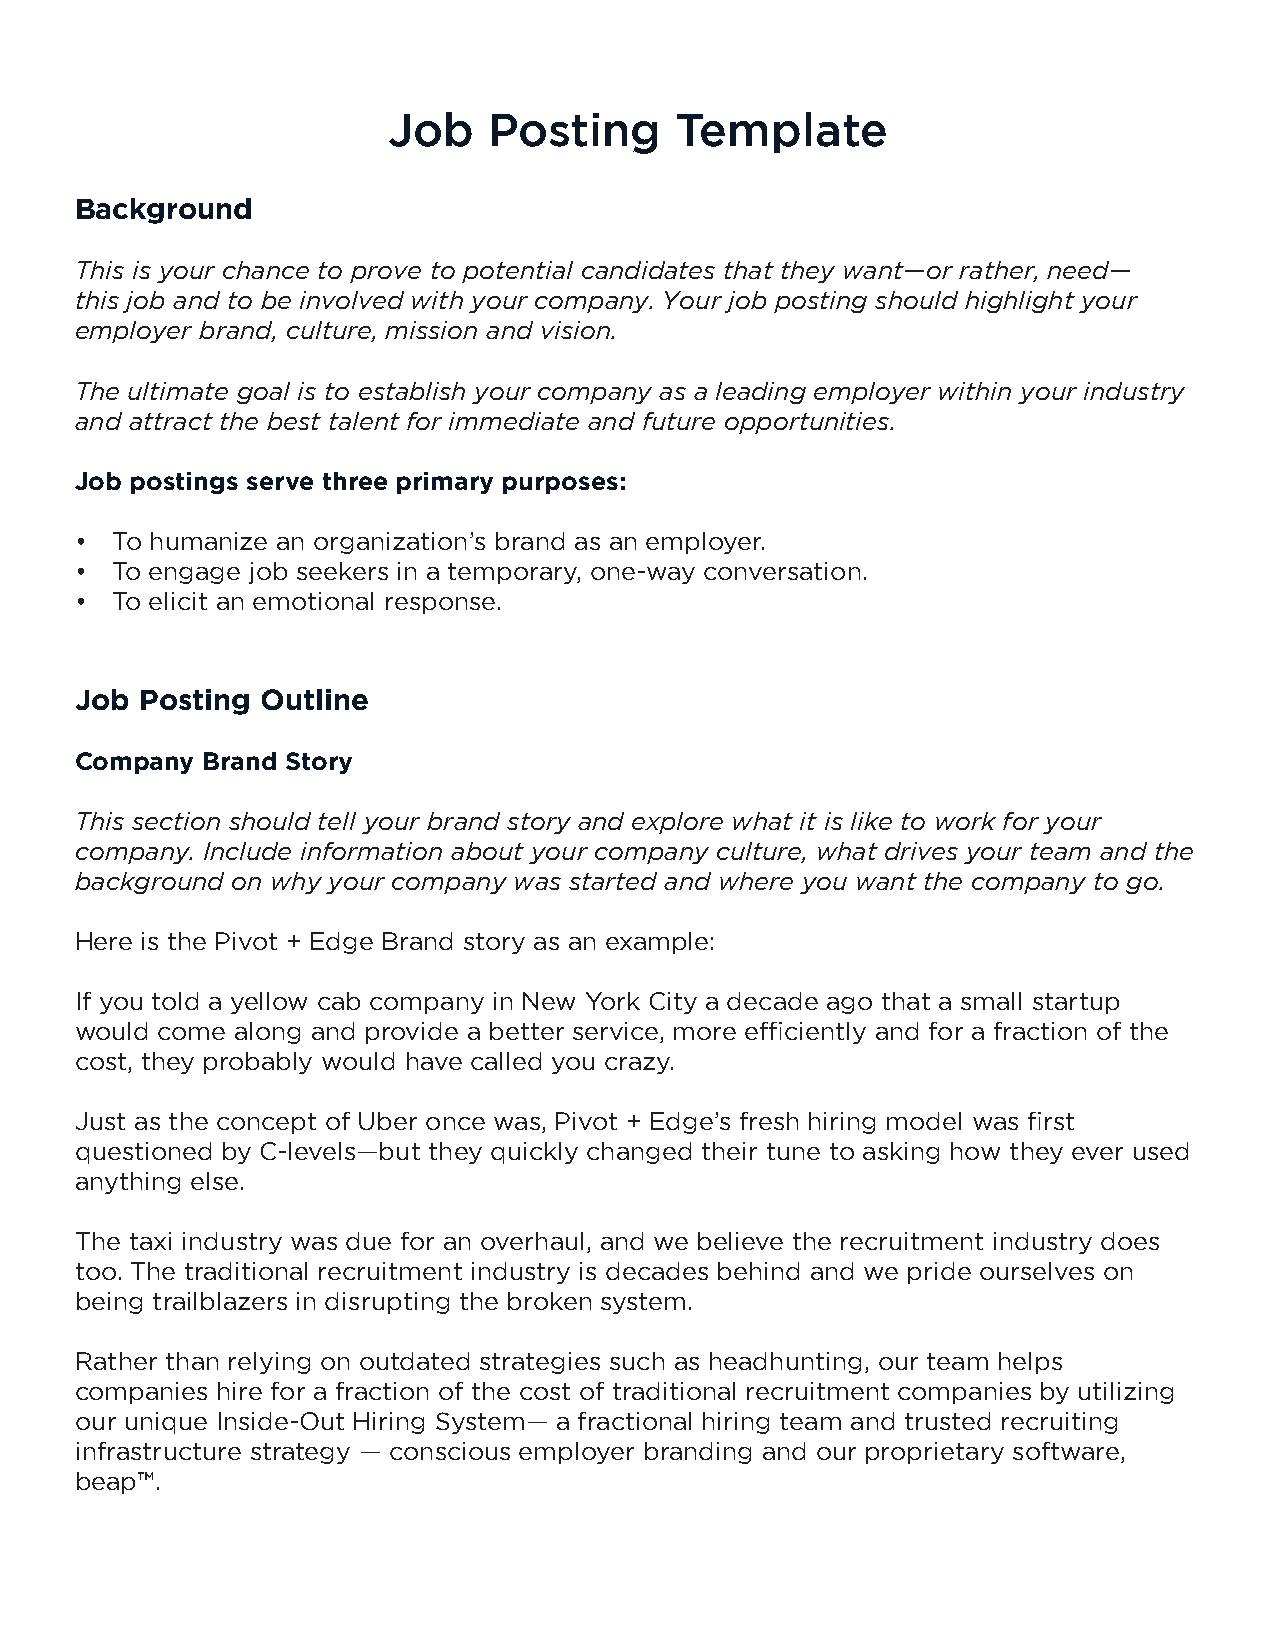
Job   Posting      Template
 Background
 This is your chance to prove to potential candidates that they want—or rather, need—
 this job and to be involved with your company. Your job posting should highlight your
 employer brand, culture, mission and vision.
 The ultimate goal is to establish your company as a leading employer within your industry
 and attract the best talent for immediate and future opportunities.
 Job postings serve three primary purposes:
 • To humanize an organization’s brand as an employer.
 • To engage job seekers in a temporary, one-way conversation.
 • To elicit an emotional response.
 Job Posting Outline
 Company Brand Story
 This section should tell your brand story and explore what it is like to work for your
 company. Include information about your company culture, what drives your team and the
 background on why your company was started and where you want the company to go.
 Here is the Pivot + Edge Brand story as an example:
 If you told a yellow cab company in New York City a decade ago that a small startup
 would come along and provide a better service, more efficiently and for a fraction of the
 cost, they probably would have called you crazy.
 Just as the concept of Uber once was, Pivot + Edge’s fresh hiring model was first
 questioned by C-levels—but they quickly changed their tune to asking how they ever used
 anything else.
 The taxi industry was due for an overhaul, and we believe the recruitment industry does
 too. The traditional recruitment industry is decades behind and we pride ourselves on
 being trailblazers in disrupting the broken system.
 Rather than relying on outdated strategies such as headhunting, our team helps
 companies hire for a fraction of the cost of traditional recruitment companies by utilizing
 our unique Inside-Out Hiring System— a fractional hiring team and trusted recruiting
 infrastructure strategy — conscious employer branding and our proprietary software,
 beap™.